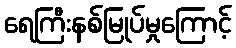
ရေကြီးနစ်မြုပ်မှုကြောင့်